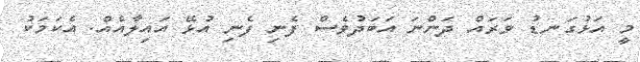
މީ އަޅުގަނޑު ވަރައް ދަންނަ އަބަދުވެސް ފެނި ފެނި އުޅޭ އައިލާއެއް. އެކަމަކު